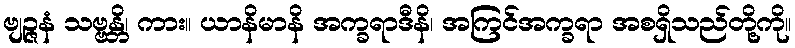
ဗျဉ္ဇနံ သဗ္ဗန္တိ၊ ကား။ ယာနိမာနိ အက္ခရာဒီနိ၊ အကြင်အက္ခရာ အစရှိသည်တို့ကို။